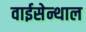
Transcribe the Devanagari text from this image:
वाईसेन्थाल